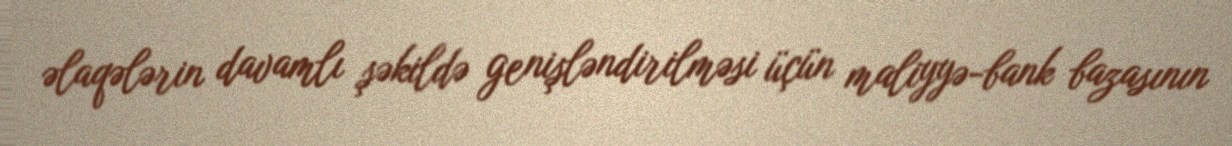
əlaqələrin davamlı şəkildə genişləndirilməsi üçün maliyyə-bank bazasının